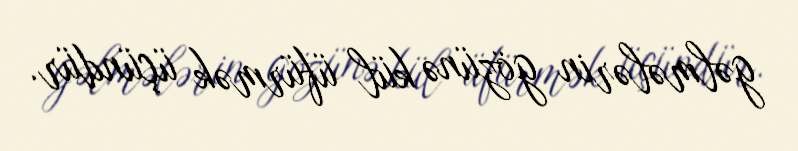
gəlmələrin gözünə kül üfürmək üçündür.